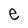
Character: e